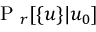
\mathrm { ~ P ~ } _ { r } [ \{ u \} | u _ { 0 } ]